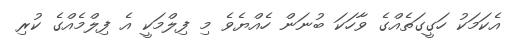
އެކަމަކު ހަގީގަތެއްގެ ވާހަކަ ބުނަން ހެއްޔެވެ މި ފިލްމަކީ އެ ފިލްމެއްގެ ކުރި